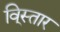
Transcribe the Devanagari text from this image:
वि्स्तार